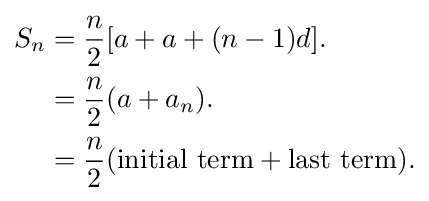
{\begin{aligned}S_{n}&={\frac {n}{2}}[a+a+(n-1)d].\\&={\frac {n}{2}}(a+a_{n}).\\&={\frac {n}{2}}({\text{initial term}}+{\text{last term}}).\end{aligned}}